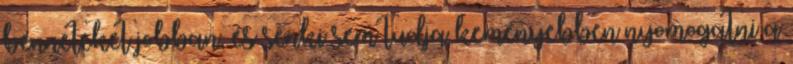
benneteket jobban, és senki sem tudja keményebben nyomogatni a